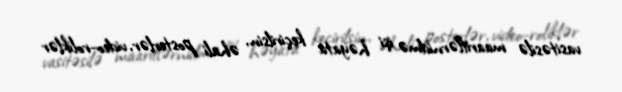
vasitəsilə maariflərnidmə işi həyata keçirilsin, əhali posterlər, video-roliklər